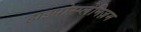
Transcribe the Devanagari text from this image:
हाइपोस्प्लेनिज़म